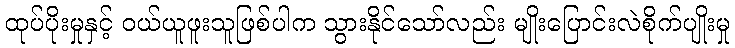
ထုပ်ပိုးမှုနှင့် ဝယ်ယူဖူးသူဖြစ်ပါက သွားနိုင်သော်လည်း မျိုးပြောင်းလဲစိုက်ပျိုးမှု